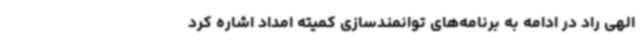
الهی راد در ادامه به برنامه‌های توانمندسازی کمیته امداد اشاره کرد